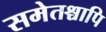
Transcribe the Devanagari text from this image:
समेतश्चापि